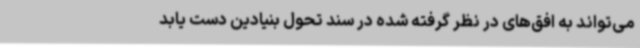
می‌تواند به افق‌های در نظر گرفته شده در سند تحول بنیادین دست یابد